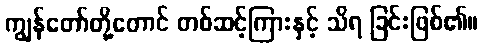
ကျွန်တော်တို့တောင် တစ်ဆင့်ကြားနှင့် သိရ ခြင်းဖြစ်၏။